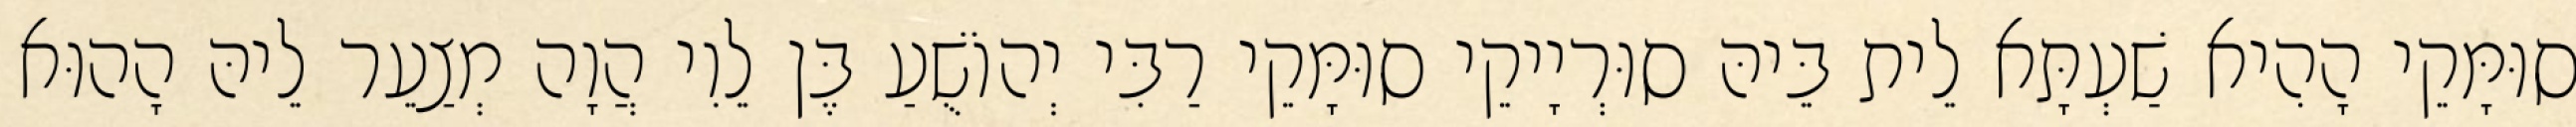
סוּמָּקֵי הָהִיא שַׁעְתָּא לֵית בֵּיהּ סוּרְיָיקֵי סוּמָּקֵי רַבִּי יְהוֹשֻׁעַ בֶּן לֵוִי הֲוָה מְצַעֵר לֵיהּ הָהוּא